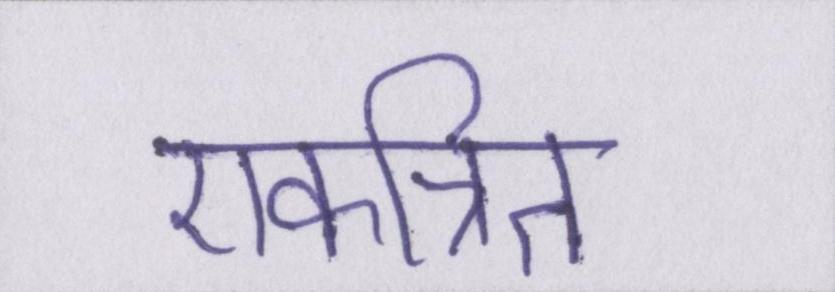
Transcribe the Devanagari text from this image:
एकत्रित